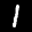
Label: 1